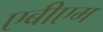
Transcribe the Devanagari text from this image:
एबीएम